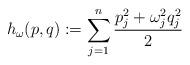
LaTeX: \begin{align*}h_{\omega}(p,q):=\sum_{j=1}^{n}\frac{p_j^2+\omega_j^2q_j^2}{2}\end{align*}